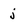
Character: j